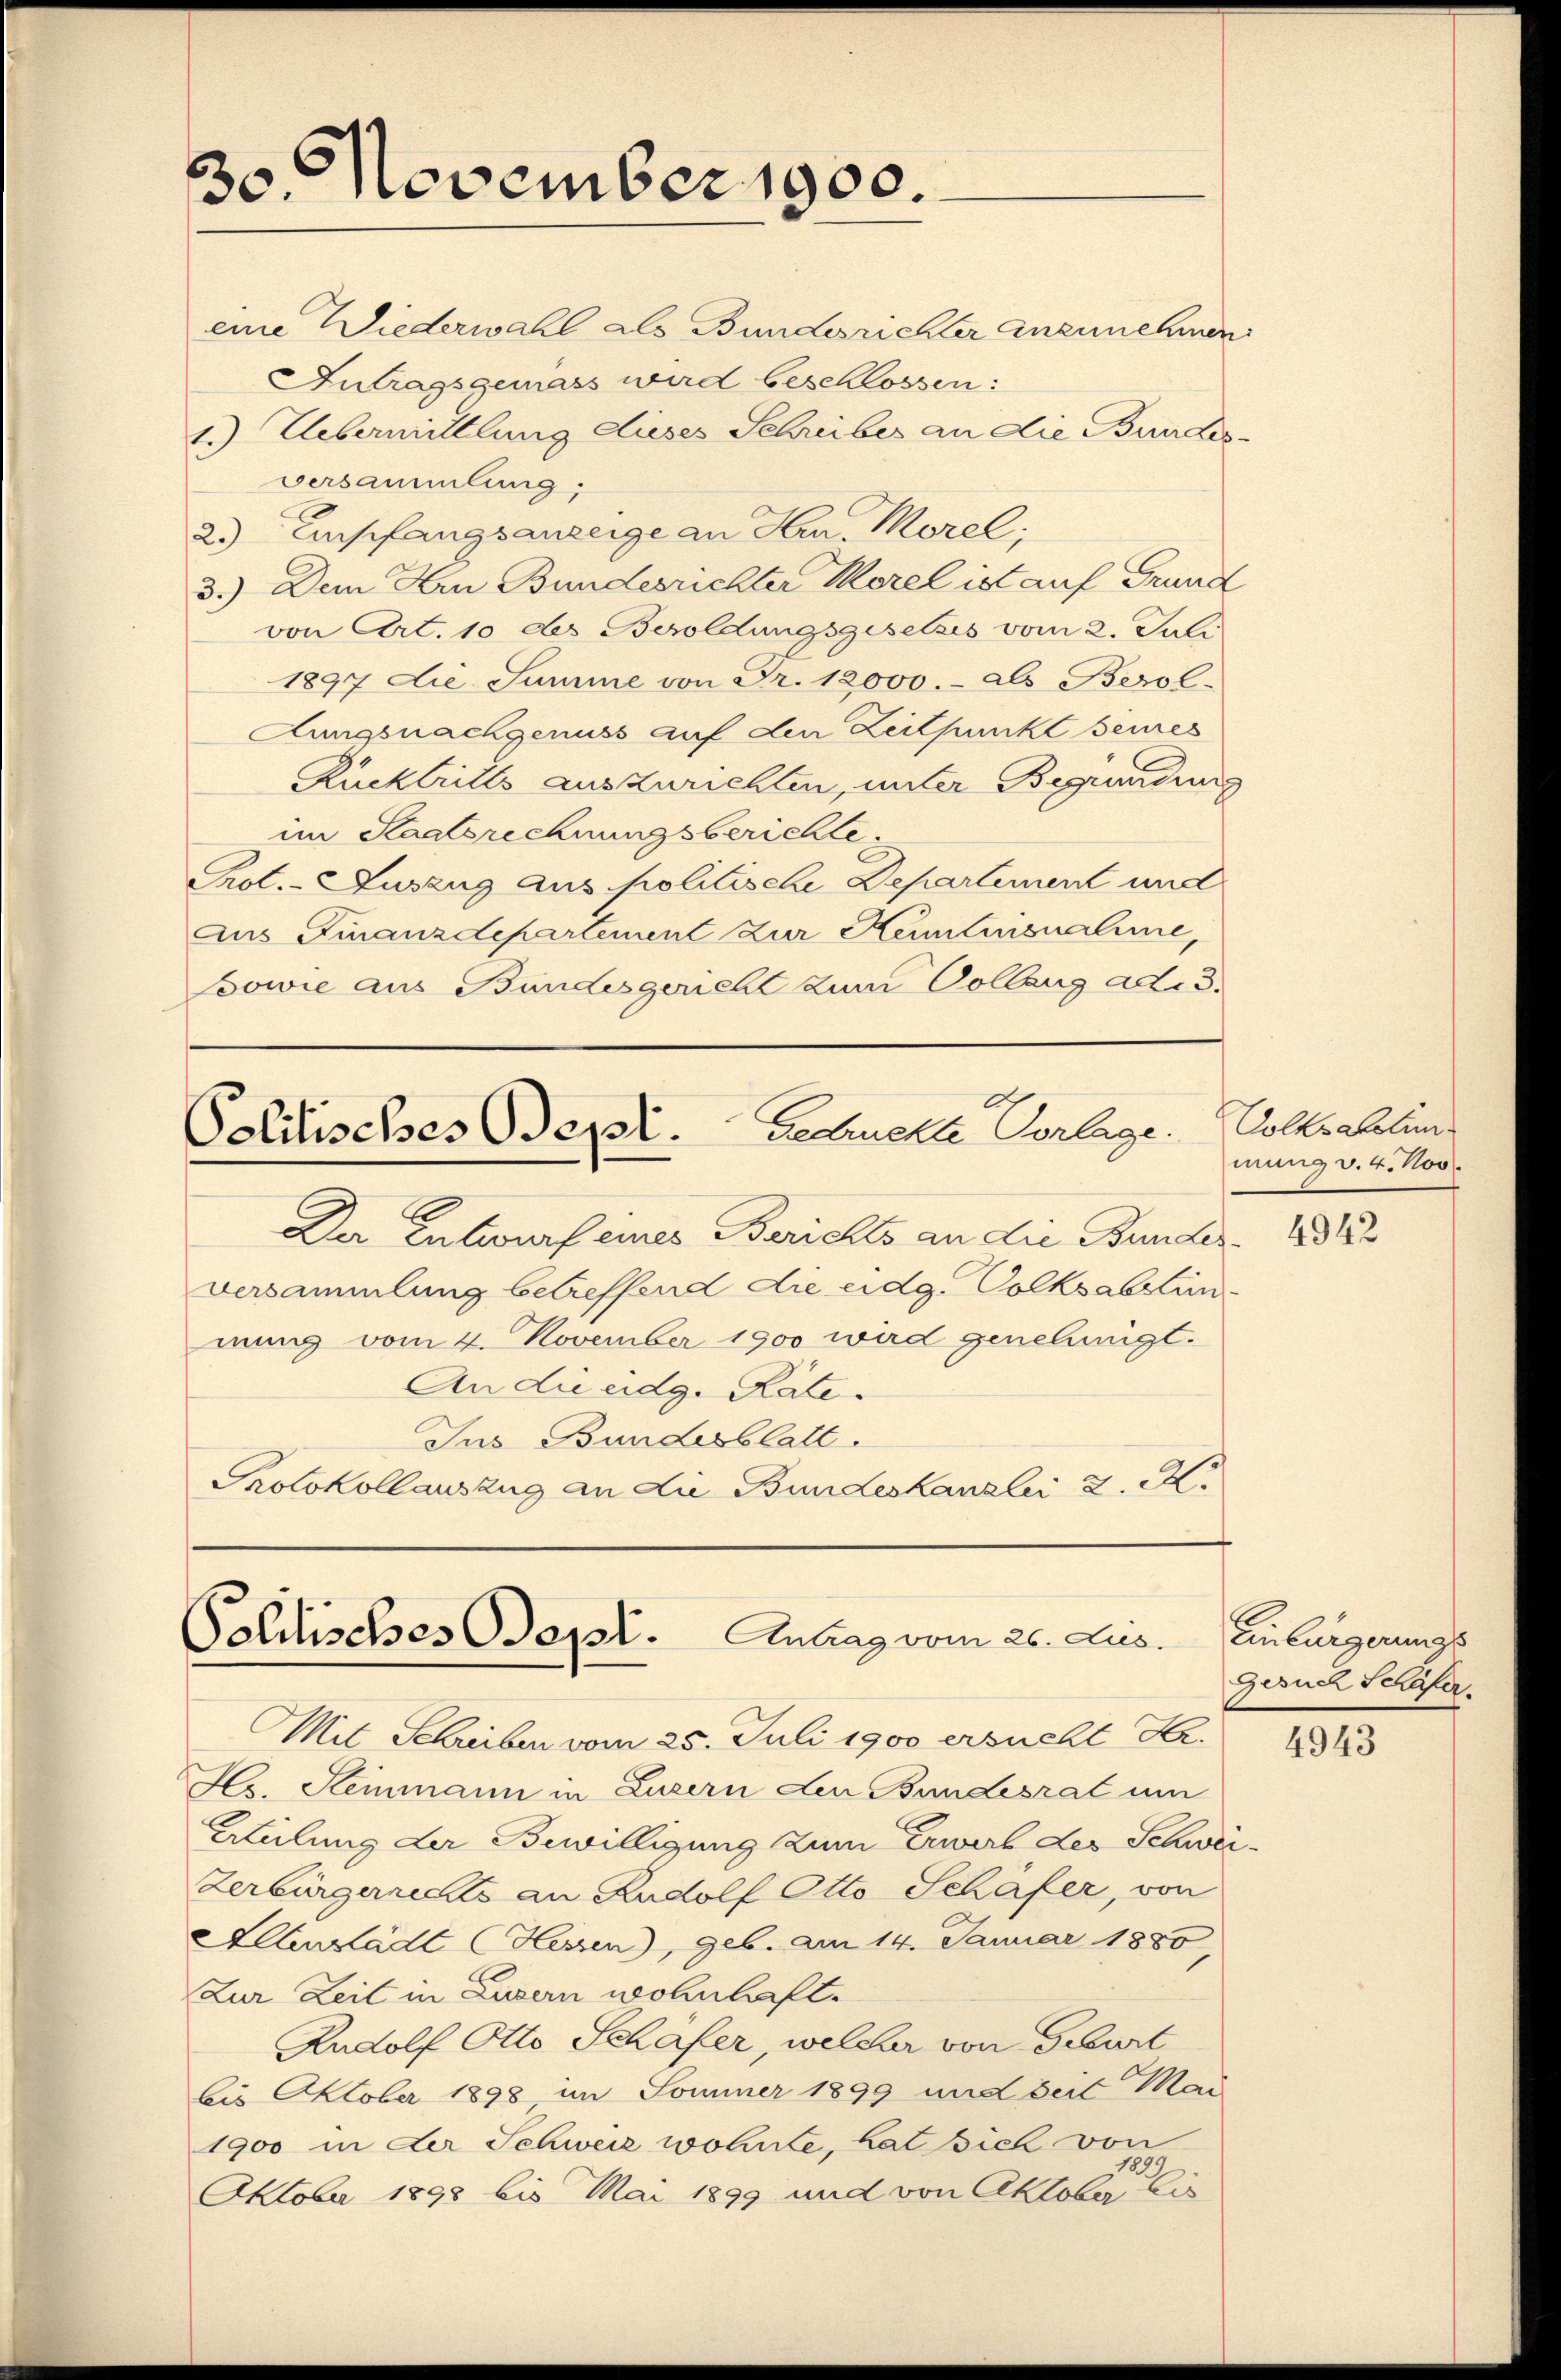
november 1900.
0.

eine Wiederwahl als Bundesrichter anzunehmen.
Intragsgemäss wird beschlossen:
1.) Uebermittlung dieses Schreibes an die Bundesversammlung;
2) Empfangsanzeige an Hrn. Morel;
3.) Dem Hrn Bundesrichter Morel ist auf Grund
von Art. 10 des Besoldungsgesetzes vom 2. Juli
1897 die Summe von Fr. 12000.- als Berol¬
Aungsnachgenuss auf den Zeitpunkt seines
Rucktritts auszurichten, unter Begründung
im Staatsrechnungsberichte
Prot. - Auszug aus politische Departement und
Aus Finanzdepartement zur Kenntensualine,
Bowie aus Bundesgericht zum Vollzug ades.

2
Politisches Odept. Schnelle Vorlage.

Der Entwurf eines Berichts an die Bunderversammlung betreffend die eidg. Volksabsin
mung vom 4. November 1900 wird genehmigt.
An die eidg. Räte
Jus Bundesblatt.
Protokollauszug an die Bundeskanzlei d. M.

Politisches Sept. Antrag vom 26. Jus.

Mit Schreiben vom 25. Juli 1900 ersucht Hr.
Hs. Heimann in Luzern den Bundesrat um
Wteilung der Bewilligung zum Erwerb des Schwer
Zerbürgerrechts an Rudolf Otto Schafer, von
Alberstadt Hessen), geb. am 14. Januar 1880,
Zur Zeit in Luzern wohnhaft.
Rudolf Otto Schäfer, welcher von Geburt
bis Oktober 1898, im Sommer 1899 und seit Mai
1900 in der Schweiz wohnte, hat sich von
Aktober 1898 bis Mai 1899 und von Oktober die

.

Volksabten
mung v. 4. Nov.

4942

Einbürgerungs
Gesuch Schäfer.

4943